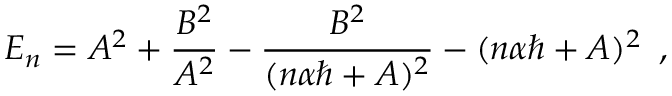
E _ { n } = A ^ { 2 } + \frac { B ^ { 2 } } { A ^ { 2 } } - \frac { B ^ { 2 } } { ( n \alpha \hbar + A ) ^ { 2 } } - ( n \alpha \hbar + A ) ^ { 2 } \, \, \, ,